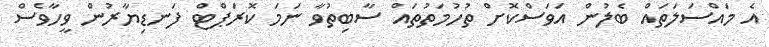
އެ މައްސަލަތައް ބެލުން އަވަސްކޮށް ތުހުމަތުތައް ސާބިތުވާ ނަމަ ކޮރަޕްޓް ފަނޑިޔާރުން ވީހާވެސް